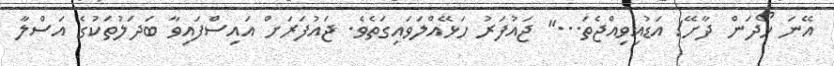
އޭނަ ހޯދަން ދާށޭ! އަޑުއިވިއްޖެތަ...'' ޖައުފަރު ހަޅޭއްލަވައިގަތެވެ. ޖައުފަރަށް އައިސްފައިވާ ބަދަލުތަކުގެ އަސްލާ